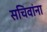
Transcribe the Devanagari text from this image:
सचिवांना